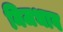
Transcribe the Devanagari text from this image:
निजभाव